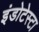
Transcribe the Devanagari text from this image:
इंडोटेस्टा